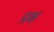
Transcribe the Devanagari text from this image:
प्राक्ष